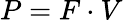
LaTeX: P=F\cdot V